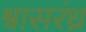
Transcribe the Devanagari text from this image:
श्वासरंध्र